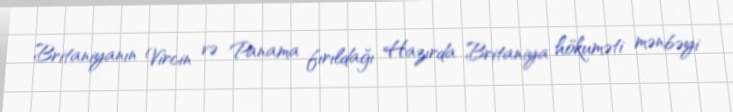
Britaniyanın Vircin və Panama fırıldağı Hazırda Britaniya hökuməti mənbəyi